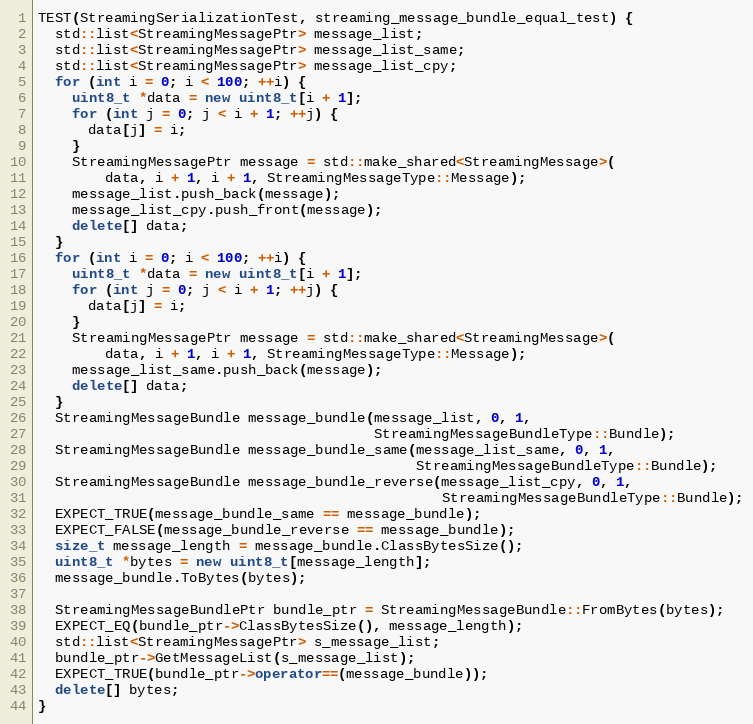
Language: C++
TEST(StreamingSerializationTest, streaming_message_bundle_equal_test) {
  std::list<StreamingMessagePtr> message_list;
  std::list<StreamingMessagePtr> message_list_same;
  std::list<StreamingMessagePtr> message_list_cpy;
  for (int i = 0; i < 100; ++i) {
    uint8_t *data = new uint8_t[i + 1];
    for (int j = 0; j < i + 1; ++j) {
      data[j] = i;
    }
    StreamingMessagePtr message = std::make_shared<StreamingMessage>(
        data, i + 1, i + 1, StreamingMessageType::Message);
    message_list.push_back(message);
    message_list_cpy.push_front(message);
    delete[] data;
  }
  for (int i = 0; i < 100; ++i) {
    uint8_t *data = new uint8_t[i + 1];
    for (int j = 0; j < i + 1; ++j) {
      data[j] = i;
    }
    StreamingMessagePtr message = std::make_shared<StreamingMessage>(
        data, i + 1, i + 1, StreamingMessageType::Message);
    message_list_same.push_back(message);
    delete[] data;
  }
  StreamingMessageBundle message_bundle(message_list, 0, 1,
                                        StreamingMessageBundleType::Bundle);
  StreamingMessageBundle message_bundle_same(message_list_same, 0, 1,
                                             StreamingMessageBundleType::Bundle);
  StreamingMessageBundle message_bundle_reverse(message_list_cpy, 0, 1,
                                                StreamingMessageBundleType::Bundle);
  EXPECT_TRUE(message_bundle_same == message_bundle);
  EXPECT_FALSE(message_bundle_reverse == message_bundle);
  size_t message_length = message_bundle.ClassBytesSize();
  uint8_t *bytes = new uint8_t[message_length];
  message_bundle.ToBytes(bytes);

  StreamingMessageBundlePtr bundle_ptr = StreamingMessageBundle::FromBytes(bytes);
  EXPECT_EQ(bundle_ptr->ClassBytesSize(), message_length);
  std::list<StreamingMessagePtr> s_message_list;
  bundle_ptr->GetMessageList(s_message_list);
  EXPECT_TRUE(bundle_ptr->operator==(message_bundle));
  delete[] bytes;
}